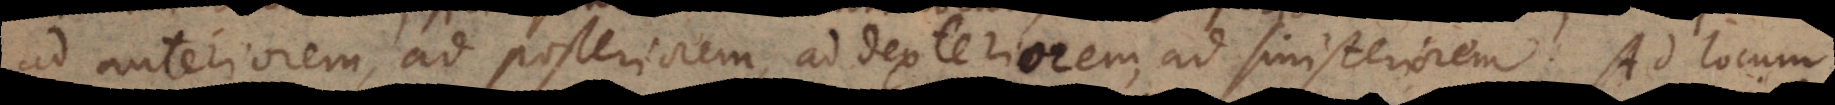
ad anteriorem, ad posteriorem, ad dexteriorem, ad sinisteriorem. Ad